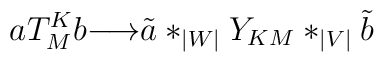
aT^{K}_{M}b{\longrightarrow}{\tilde a}*_{|W|}Y_{KM}*_{|V|}{\tilde b}